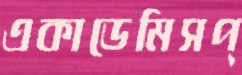
একাডেমিসপ্